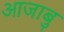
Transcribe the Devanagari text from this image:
आजाबु